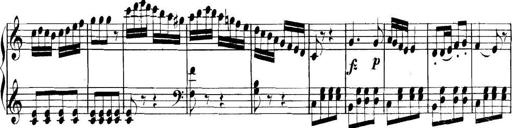
Title: Collected Piano Sonatas
Composer: Muzio Clementi